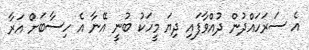
އެ ސަރަހައްދުން ދުއްވާފައި ދިޔަ މީހަކު ބުނީ އޭނާ އެ ހިސާބަށް އަރާ